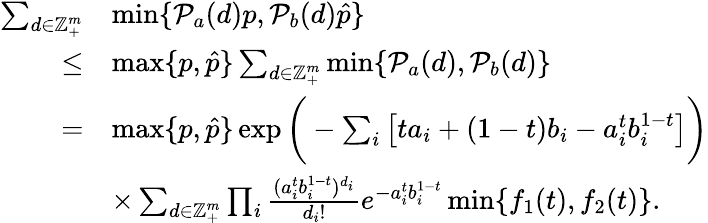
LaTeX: \begin{array}{rl}{\sum_{d\in\mathbb{Z}_{+}^{m}}}&{\operatorname*{min}\{ \mathcal{P}_{a}(d)p,\mathcal{P}_{b}(d)\hat{p}\} }\\ {\leq}&{\operatorname*{max}\{ p,\hat{p}\} \sum_{d\in{\mathbb{Z}_{+}^{m}}}\operatorname*{min}\{ \mathcal{P}_{a}(d),\mathcal{P}_{b}(d)\} }\\ {=}&{\operatorname*{max}\{ p,\hat{p}\} \exp\bigg(-\sum_{i}\big[ta_{i}+(1-t)b_{i}-a_{i}^{t}b_{i}^{1-t}\big]\bigg)}\\ &{\times\sum_{d\in\mathbb{Z}_{+}^{m}}\prod_{i}\frac{(a_{i}^{t}b_{i}^{1-t})^{d_{i}}}{d_{i}!}e^{-a_{i}^{t}b_{i}^{1-t}}\operatorname*{min}\{ f_{1}(t),f_{2}(t)\} .}\end{array}